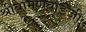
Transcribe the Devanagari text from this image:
श्रीबामणवाडजी